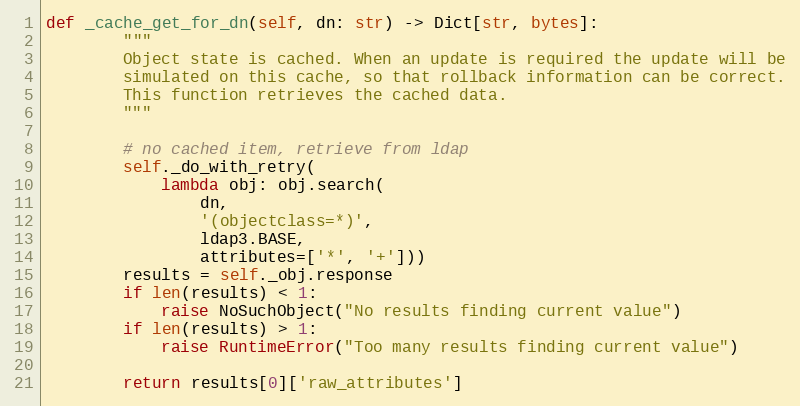
Language: Python
def _cache_get_for_dn(self, dn: str) -> Dict[str, bytes]:
        """
        Object state is cached. When an update is required the update will be
        simulated on this cache, so that rollback information can be correct.
        This function retrieves the cached data.
        """

        # no cached item, retrieve from ldap
        self._do_with_retry(
            lambda obj: obj.search(
                dn,
                '(objectclass=*)',
                ldap3.BASE,
                attributes=['*', '+']))
        results = self._obj.response
        if len(results) < 1:
            raise NoSuchObject("No results finding current value")
        if len(results) > 1:
            raise RuntimeError("Too many results finding current value")

        return results[0]['raw_attributes']